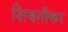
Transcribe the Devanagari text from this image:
शिवनीकर